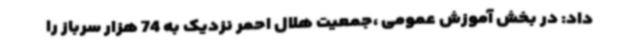
داد: در بخش آموزش عمومی ،جمعیت هلال احمر نزدیک به 74 هزار سرباز را